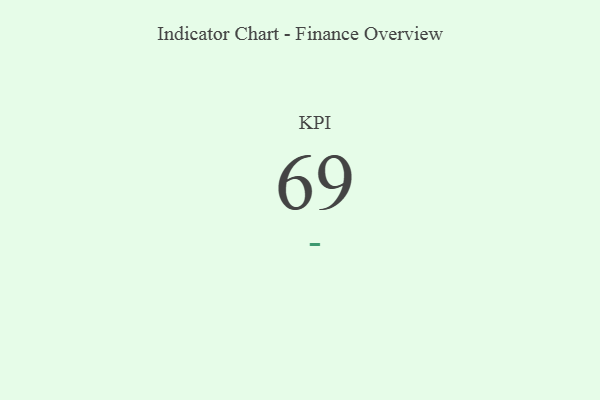
{"axis": {"x": "KPI", "y": "Value"}, "legend": [""], "data": [{"x": "KPI", "y": 69, "type": ""}]}